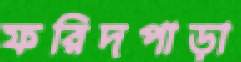
ফরিদপাড়া